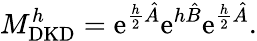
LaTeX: M_{\mathrm{DKD}}^{h}=\mathrm{e}^{\frac{h}{2}\hat{A}}\mathrm{e}^{h\hat{B}}\mathrm{e}^{\frac{h}{2}\hat{A}}.